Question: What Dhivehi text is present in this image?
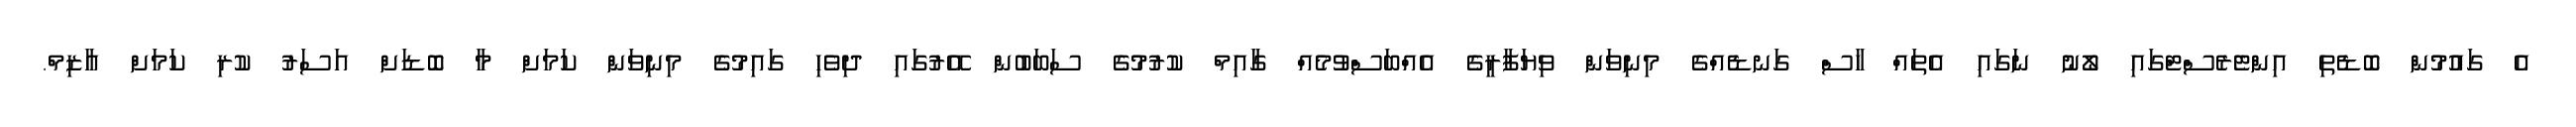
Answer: އެ ގައުމުން ބޮޑެތި އިންޓެރެސްޓްގައި ލޯނު ނަގައި އެތައް ހާސް ގަނޑެއްގެ މިނިވަން ވިޔަފާރީގެ އެއްބަސްވުމެއް ގާއިމް ކުރުމުގެ ސަބަބުން އޭރުގައި ދިވެހި ގައިމުގެ މިނިވަން ކަމަށް މާ ބޮޑަށް އަސަރު ކުރި ކަމަށް އާޒިމް.